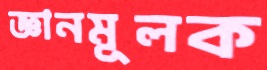
জ্ঞানমূলক